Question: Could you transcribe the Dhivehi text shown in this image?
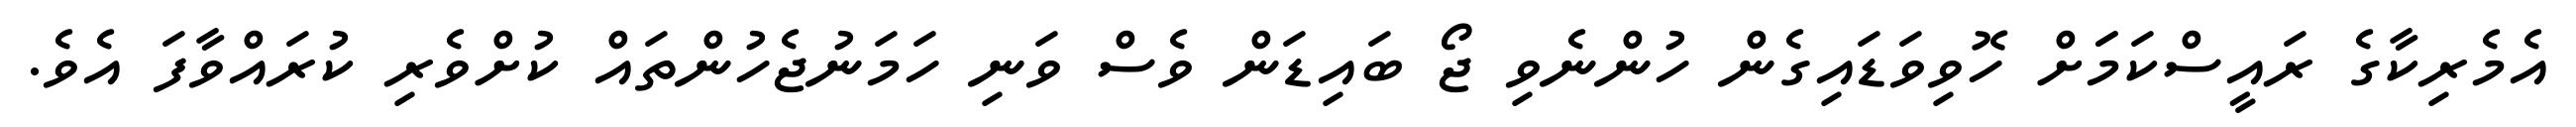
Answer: އެމެރިކާގެ ރައީސްކަމަަށް ހޮވިވަޑައިގެން ހުންނެވި ޖޯ ބައިޑަން ވެސް ވަނި ހަމަނުޖެހުންތައް ކުށްވެރި ކުރައްވާފަ އެވެ.